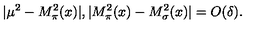
| \mu ^ { 2 } - M _ { \pi } ^ { 2 } ( x ) | , | M _ { \pi } ^ { 2 } ( x ) - M _ { \sigma } ^ { 2 } ( x ) | = O ( \delta ) .